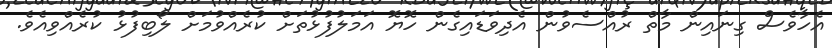
އެހާވެސް ގިނައިން މާތް ރުއްސެވުން އެދިވަޑައިގެން ހޮޔޮ އަމަލުފުޅުތަށް ކުރެއްވުމަށް ލޯބިފުޅު ކުރެއްވިއެވެ.